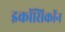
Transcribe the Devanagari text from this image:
इकॉसिकॉन